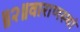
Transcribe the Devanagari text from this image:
॥२॥वाराणस्थां